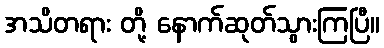
အသိတရား တို့ နောက်ဆုတ်သွားကြပြီ။